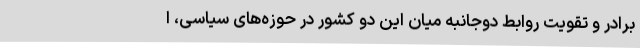
برادر و تقویت روابط دوجانبه میان این دو کشور در حوزه‌های سیاسی، ا